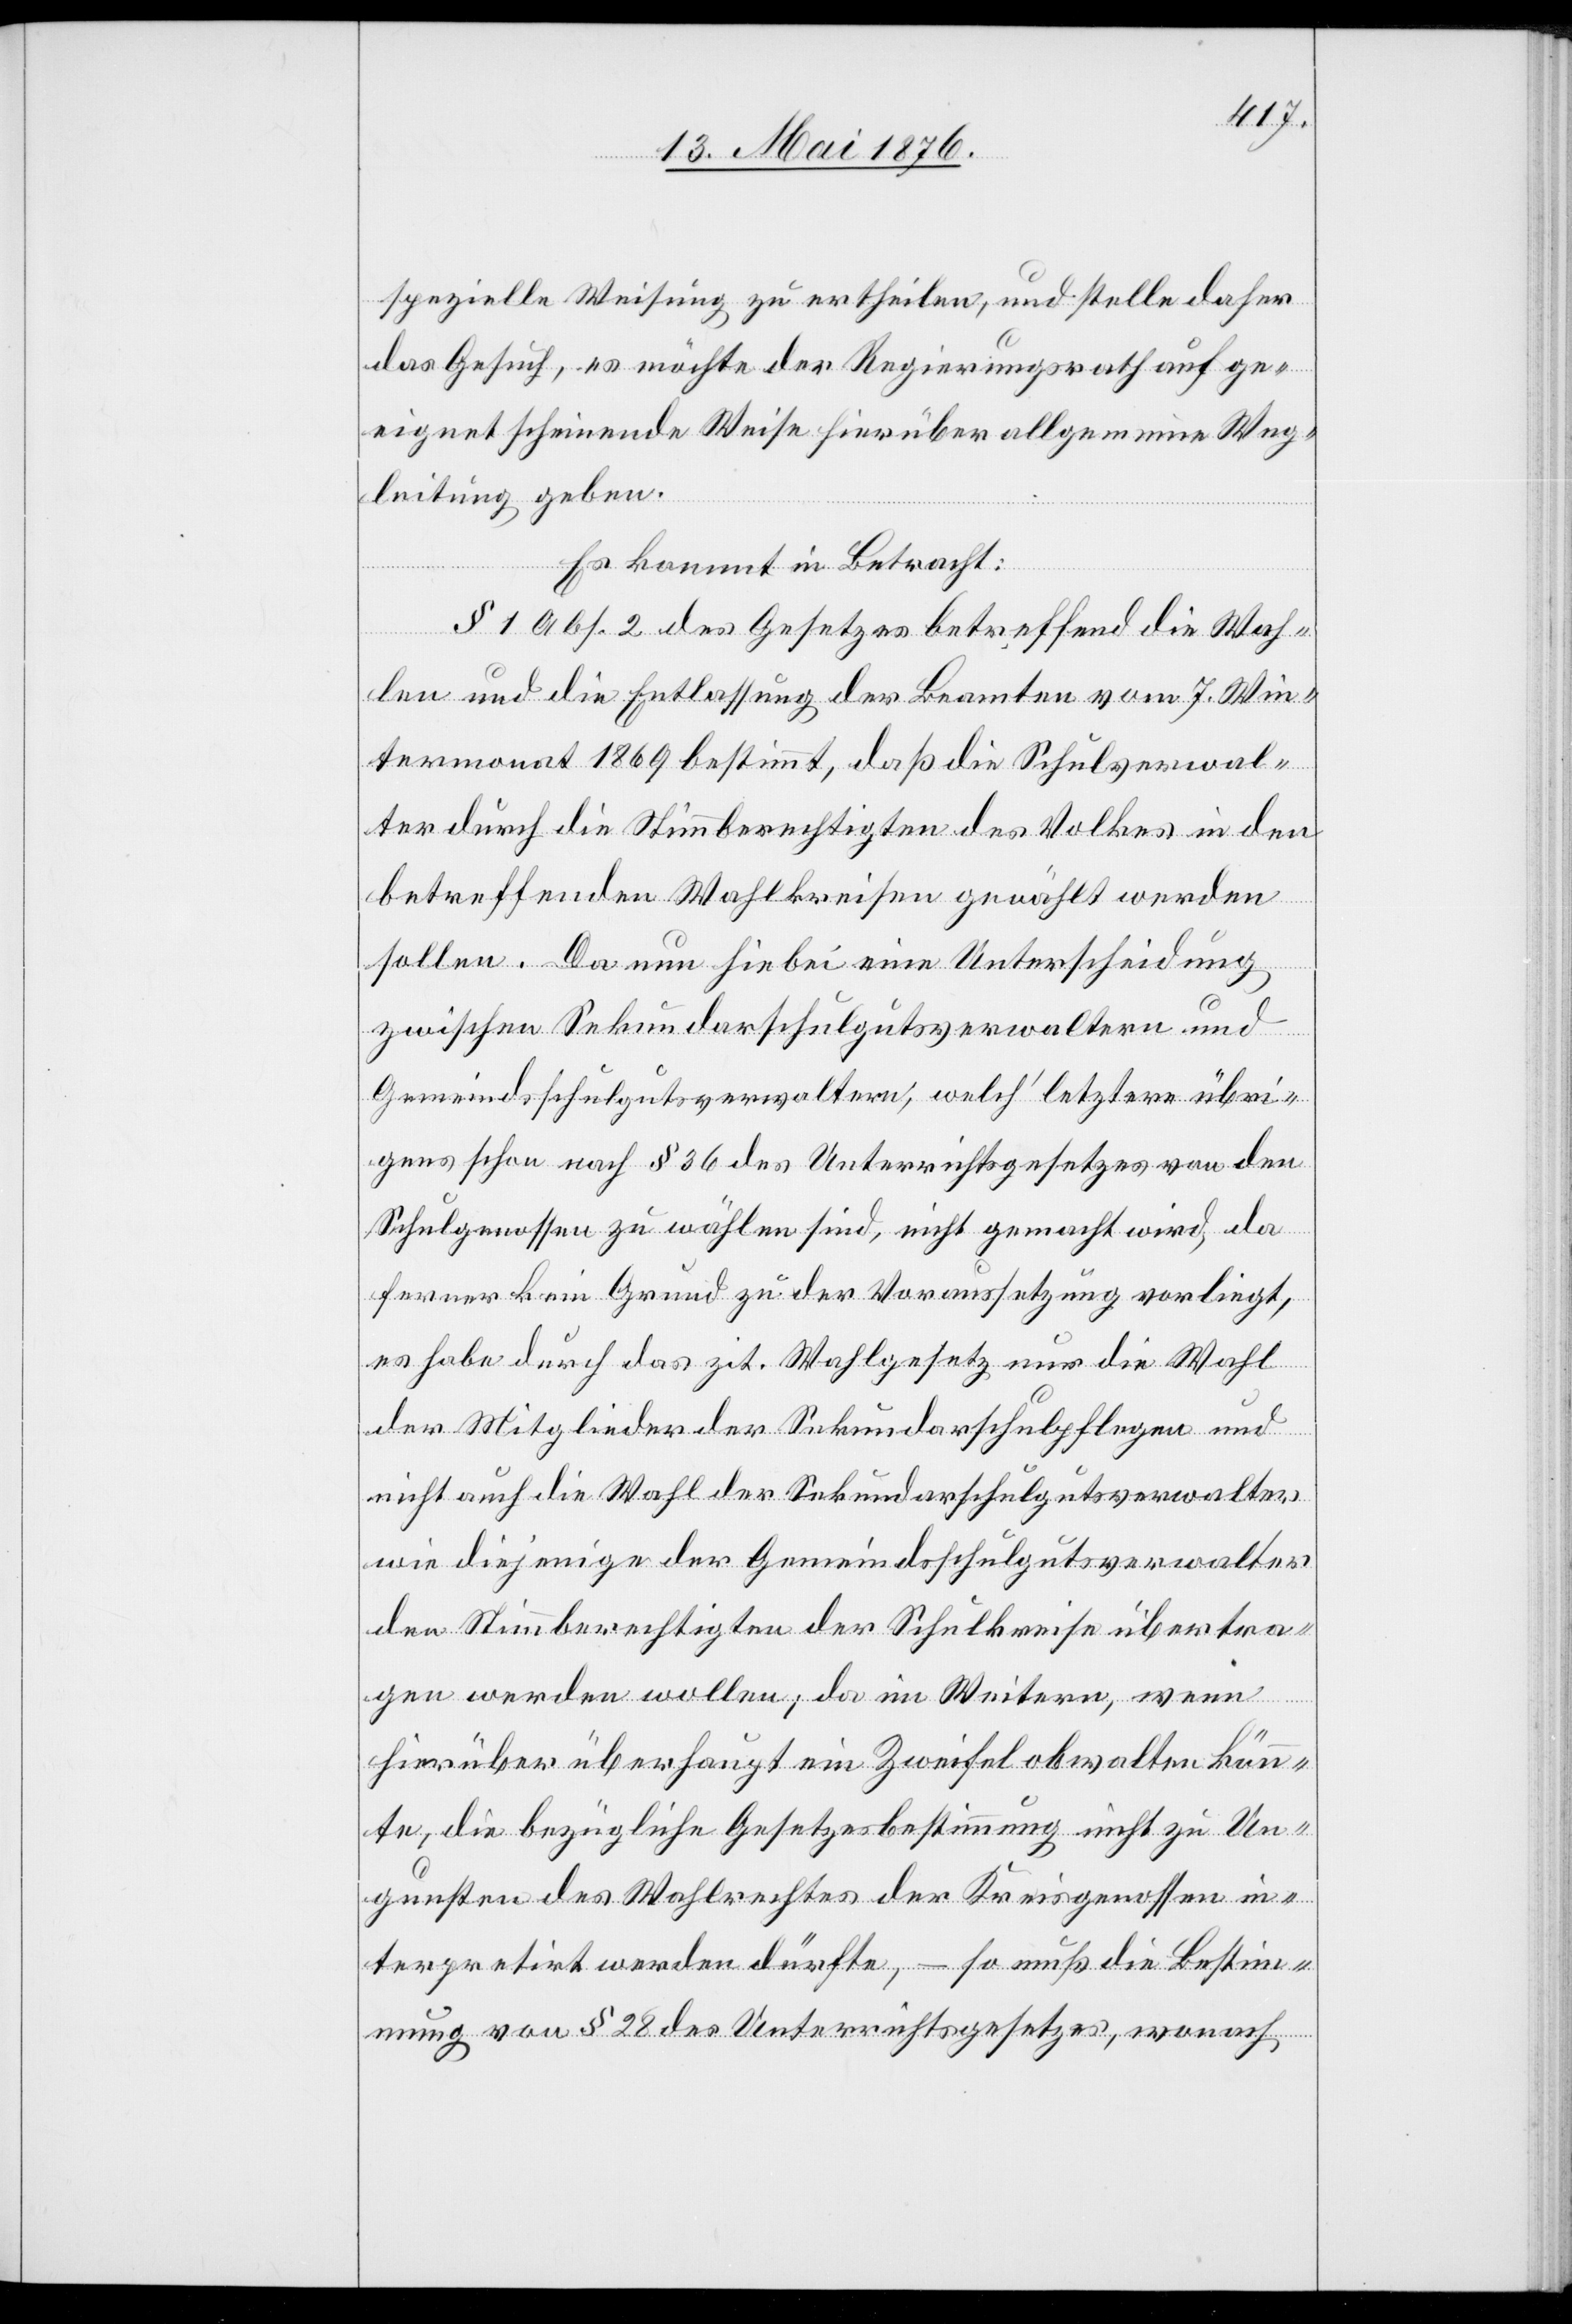
spezielle Weisung zu ertheilen, und stelle daher
das Gesuch, es möchte der Regierungsrath auf ge¬
eignet scheinende Weise hierüber allgemeine Weg¬
leitung geben.
Es kommt in Betracht:
§ 1 Abs. 2 des Gesetzes betreffend die Wah¬
len und die Entlassung der Beamten vom 7. Win¬
termonat 1869 bestimmt, daß die Schulverwal¬
ter durch die Stimmberechtigten des Volkes in den
betreffenden Wahlkreisen gewählt werden
sollen. Da nun hiebei eine Unterscheidung
zwischen Sekundarschulgutsverwaltern und
Gemeindschulgutsverwaltern, welch’ letztere übri¬
gens schon nach § 36 des Unterrichtsgesetzes von den
Schulgenossen zu wählen sind, nicht gemacht wird, da
ferner kein Grund zu der Voraussetzung vorliegt,
es habe durch das zit. Wahlgesetz nur die Wahl
der Mitglieder der Sekundarschulpflegen und
nicht auch die Wahl der Sekundarschulgutsverwalter
wie diejenige der Gemeindschulgutsverwalter
den Stimmberechtigten der Schulkreise übertra¬
gen werden wollen; da im Weitern, wenn
hierüber überhaupt ein Zweifel obwalten könn¬
te, die bezügliche Gesetzesbestimmung nicht zu Un¬
gunsten des Wahlrechtes der Kreisgenossen in¬
terpretirt werden dürfte, – so muß die Bestim¬
mung von § 28 des Unterrichtsgesetzes, wonach